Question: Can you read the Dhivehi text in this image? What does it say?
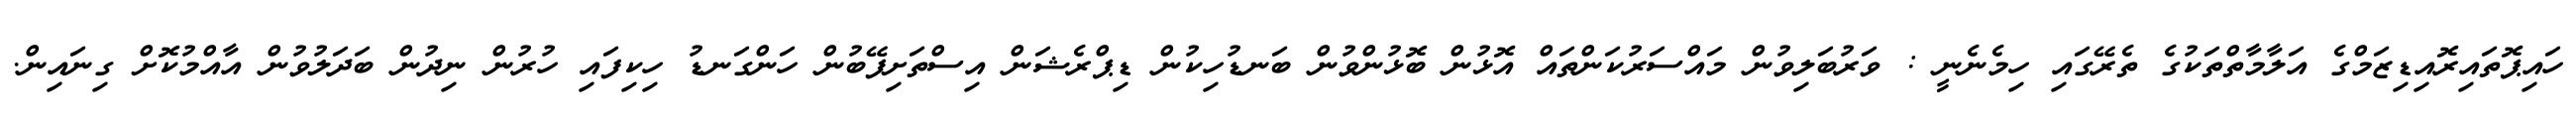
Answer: ހައިޕޮތައިރޮއިޑިޒަމްގެ އަލާމާތްތަކުގެ ތެރޭގައި ހިމެނެނީ : ވަރުބަލިވުން މައްސަރުކަންތައް އޮޅުން ބޮޅުންވުން ބަނޑުހިކުން ޑިޕްރެޝަން އިސްތަށިފޭބުން ހަންގަނޑު ހިކިފައި ހުރުން ނިދުން ބަދަލުވުން އާއްމުކޮށް ގިނައިން.